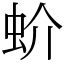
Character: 蚧